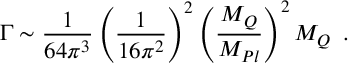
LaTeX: \Gamma \sim \frac { 1 } { 6 4 \pi ^ { 3 } } \left( \frac { 1 } { 1 6 \pi ^ { 2 } } \right) ^ { 2 } \left( \frac { M _ { Q } } { M _ { P l } } \right) ^ { 2 } M _ { Q } \, \, \, .